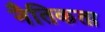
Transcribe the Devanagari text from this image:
नैतिकता